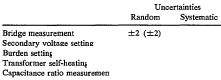
<table><thead><tr><td rowspan="2">[EMPTY_CELL]</td><td colspan="2"><b>Uncertainties</b></td></tr><tr><td><b>Random</b></td><td><b>Systematic</b></td></tr></thead><tbody><tr><td>Bridge measurement</td><td>±2 (±2)</td><td>[EMPTY_CELL]</td></tr><tr><td>Secondary voltage setting</td><td>[EMPTY_CELL]</td><td>[EMPTY_CELL]</td></tr><tr><td>Burden setting</td><td>[EMPTY_CELL]</td><td>[EMPTY_CELL]</td></tr><tr><td>Transformer self-heating</td><td>[EMPTY_CELL]</td><td>[EMPTY_CELL]</td></tr><tr><td>Capacitance ratio measurement</td><td>[EMPTY_CELL]</td><td>[EMPTY_CELL]</td></tr></tbody></table>